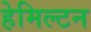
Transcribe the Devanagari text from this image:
हेमिल्‍टन